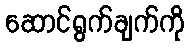
ဆောင်ရွက်ချက်ကို